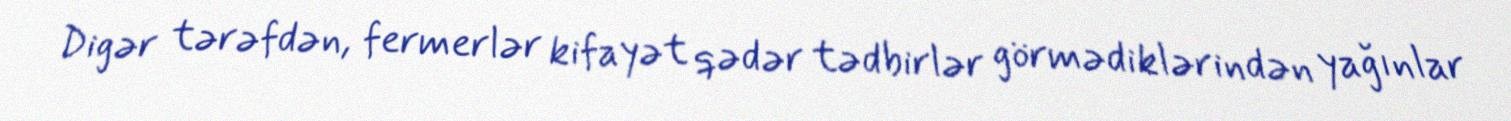
Digər tərəfdən, fermerlər kifayət qədər tədbirlər görmədiklərindən yağınlar